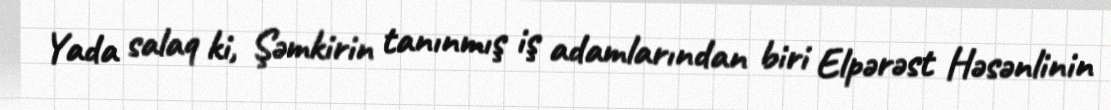
Yada salaq ki, Şəmkirin tanınmış iş adamlarından biri Elpərəst Həsənlinin